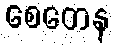
စေတေန